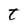
Character: t